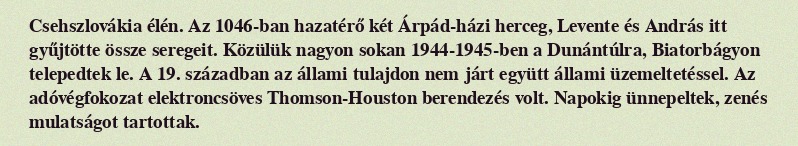
Csehszlovákia élén. Az 1046-ban hazatérő két Árpád-házi herceg, Levente és András itt gyűjtötte össze seregeit. Közülük nagyon sokan 1944-1945-ben a Dunántúlra, Biatorbágyon telepedtek le. A 19. században az állami tulajdon nem járt együtt állami üzemeltetéssel. Az adóvégfokozat elektroncsöves Thomson-Houston berendezés volt. Napokig ünnepeltek, zenés mulatságot tartottak.